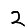
Digit: 2